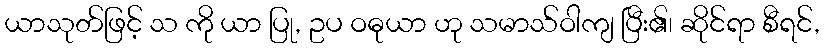
ယာသုတ်ဖြင့် သ ကို ယာ ပြု, ဥပ ဝဓုယာ ဟု သမာသ်ဝါကျ ပြီး၏၊ ဆိုင်ရာ စီရင်,